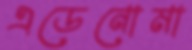
এডেনোমা